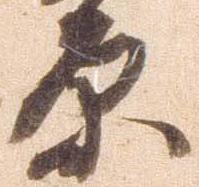
原